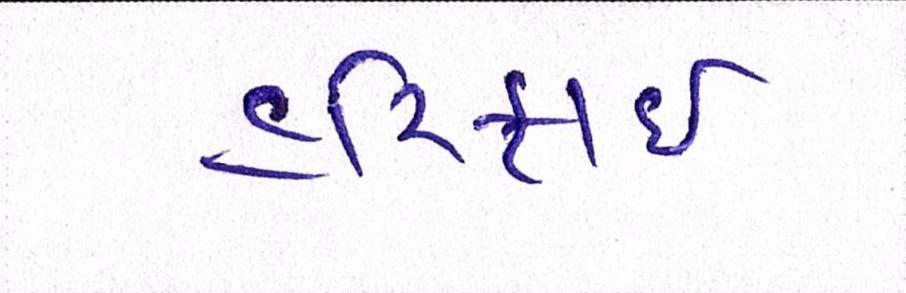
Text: હરિફાઇ